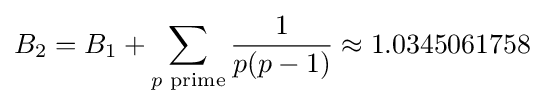
B_{2}=B_{1}+\sum _{p{\text{ prime}}}{\frac {1}{p(p-1)}}\approx 1.0345061758